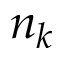
n _ { k }